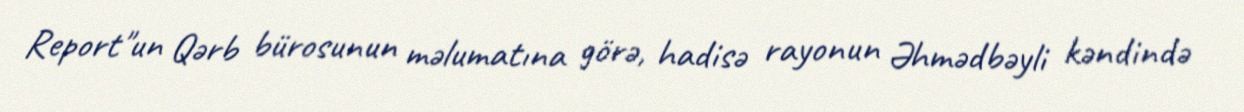
Report"un Qərb bürosunun məlumatına görə, hadisə rayonun Əhmədbəyli kəndində